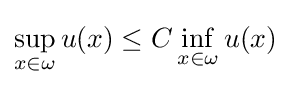
\sup _{x\in \omega }u(x)\leq C\inf _{x\in \omega }u(x)